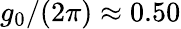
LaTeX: g_{0}/(2\pi)\approx 0.50